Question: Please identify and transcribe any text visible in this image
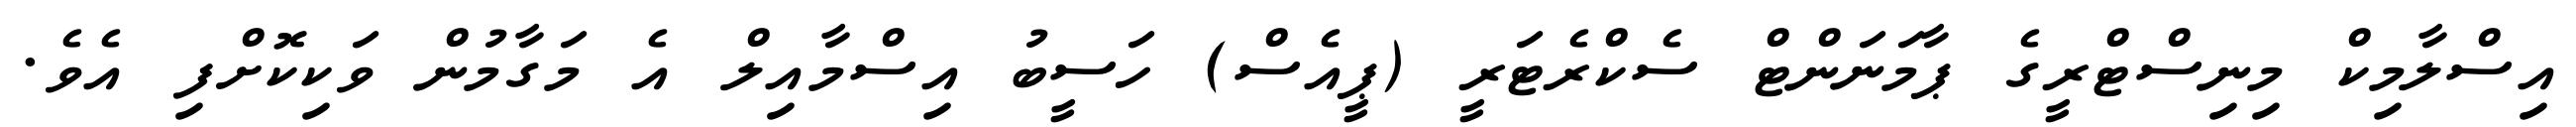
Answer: އިސްލާމިކް މިނިސްޓްރީގެ ޕާމަނަންޓް ސެކްރެޓަރީ (ޕީއެސް) ހަސީބު އިސްމާއިލް އެ މަގާމުން ވަކިކޮށްފި އެވެ.